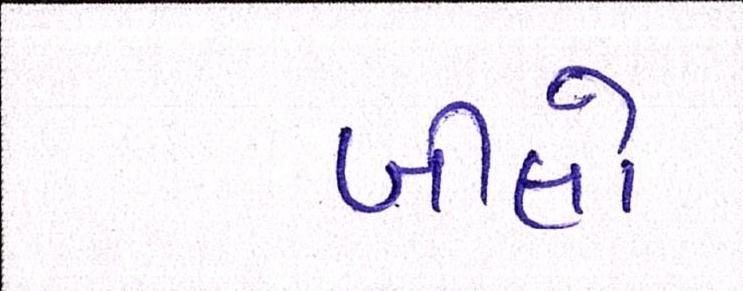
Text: બીલો